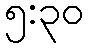
၅:၃၀